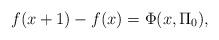
LaTeX: \begin{align*}f(x+1)-f(x)=\Phi (x,\Pi_{0}),\end{align*}